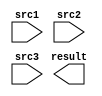
module MULADD_1 (
  input      [32:0]   src1,
  input      [49:0]   src2,
  input      [49:0]   src3,
  output     [51:0]   result
);
endmodule